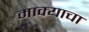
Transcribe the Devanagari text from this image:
माक्याचा